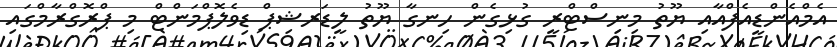
އެމްއެންޑީއެފްއާއި ޔޫތު މިނިސްޓްރީ ގުޅިގެން ހިނގާ ޔޫތު ލީޑަރޝިޕް ޑިވެލޮޕްމަންޓް މި ޕްރޮގްރާމްގައި